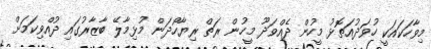
މިވާހަކައަކީ ހުވަދުއަތޮޅު މީހުން ދެއްވަދޫ މީހުން ރަތް ރިޔާހޯދަން މުޅިމާލޭ ބާޒާރުގައި ދުއްވިކަމަށް